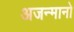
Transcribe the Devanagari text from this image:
अजन्मानो